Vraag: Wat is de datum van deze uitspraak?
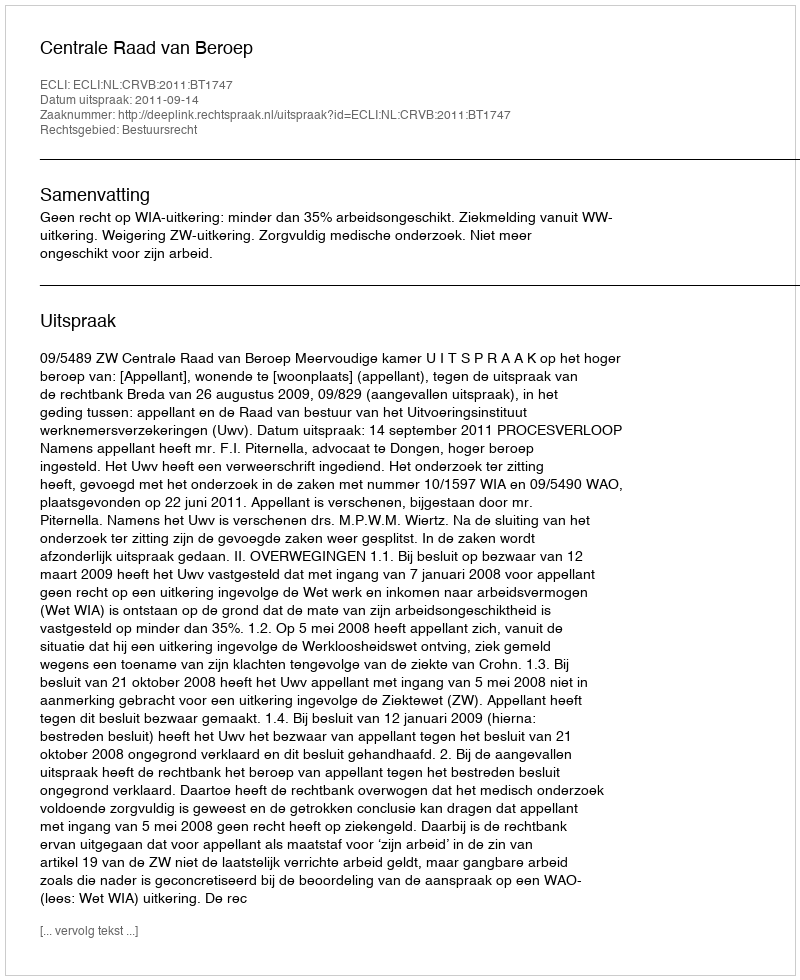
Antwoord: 2011-09-14